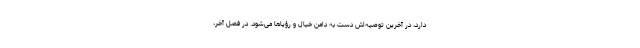
دارد، در آخرین توصیه‌اش دست به دامن خیال و رؤیاها می‌شود. در فصل آخر،